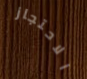
الاحتجاز